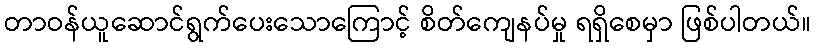
တာဝန်ယူဆောင်ရွက်ပေးသောကြောင့် စိတ်ကျေနပ်မှု ရရှိစေမှာ ဖြစ်ပါတယ်။